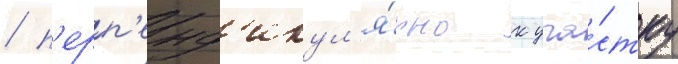
/ п'ерп'енд'икул'я́рно к уча́стку